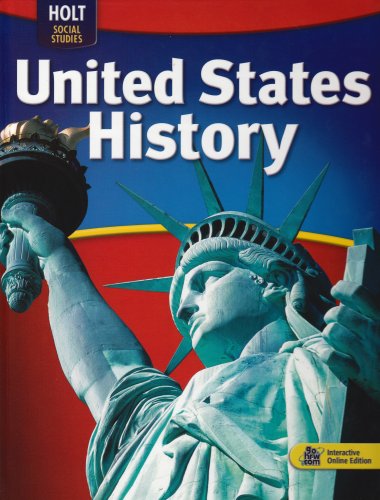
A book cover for United States History Full Survey: Student Edition 2009; William Deverell and Deborah Gray White; Children's Books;